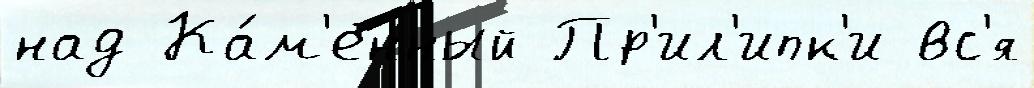
над Ка́м'енный Пр'ил'ипк'и вс'я